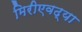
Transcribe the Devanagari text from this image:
मिरीएवढ्या